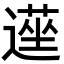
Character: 遳